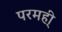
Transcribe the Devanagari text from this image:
परमही्